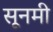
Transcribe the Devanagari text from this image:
सूनमी